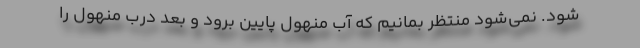
شود. نمی‌شود منتظر بمانیم که آب منهول پایین برود و بعد درب منهول را